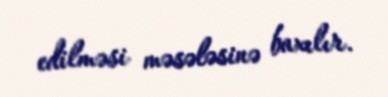
edilməsi məsələsinə baxılır.